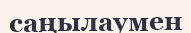
саңылаумен